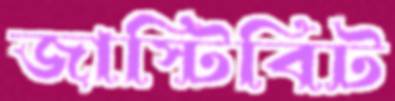
জাস্টিবিট